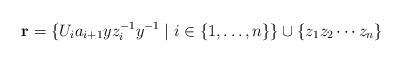
LaTeX: \begin{align*}\mathbf{r}=\{U_ia_{i+1}yz_i^{-1}y^{-1}\mid i\in\{1, \ldots, n\}\}\cup\{z_1z_2\cdots z_n\}\end{align*}